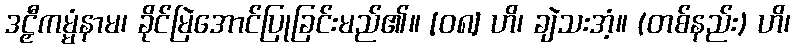
ဒဠှီကမ္မံနာမ၊ ခိုင်မြဲအောင်ပြုခြင်းမည်၏။ [၀၈] ဟိ၊ ချဲသးအံ့။ (တစ်နည်း) ဟိ၊